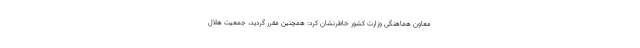
معاون هماهنگی وزارت کشور خاطرنشان کرد: همچنین مقرر گردید، جمعیت هلال